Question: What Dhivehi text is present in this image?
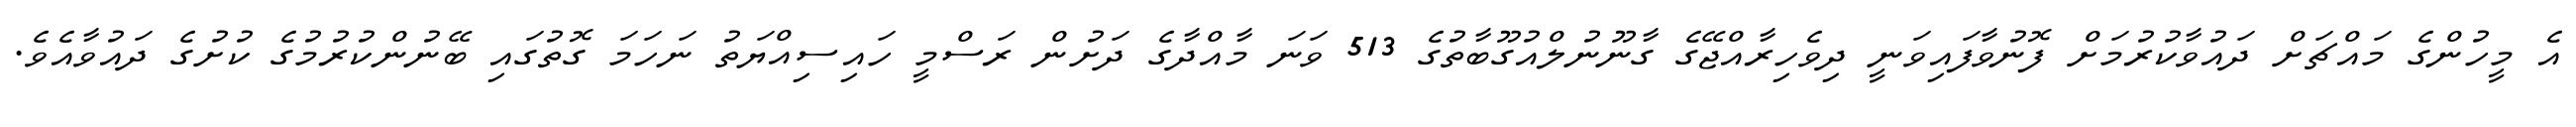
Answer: އެ މީހުންގެ މައްޗަށް ދައުވާކުރުމަށް ފޮނުވާފައިވަނީ ދިވެހިރާއްޖޭގެ ގާނޫނުލްއުގޫބާތުގެ 513 ވަނަ މާއްދާގެ ދަށުން ރަސްމީ ހައިސިއްޔަތު ނަހަމަ ގޮތުގައި ބޭނުންކުރުމުގެ ކުށުގެ ދައުވާއެވެ.